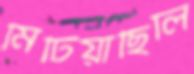
মিটিয়াছিলি